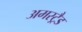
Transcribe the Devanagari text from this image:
अमस्ट्रैड